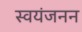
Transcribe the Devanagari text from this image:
स्वयंजनन